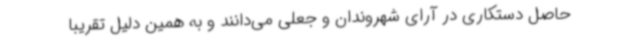
حاصل دستکاری در آرای شهروندان و جعلی می‌دانند و به همین دلیل تقریبا